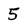
Character: 5